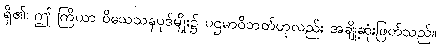
ရှိ၏၊ ဤ ကြိယာ ဝိသေသနပုဒ်မျိုး၌ ပဌမာဝိဘတ်ဟုလည်း အချို့ဆုံးဖြတ်သည်။